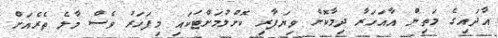
އާދައިގެ މަތިން އާއަހަރާ ދިމާކޮށް ވިޔަފާރި ކޮށްލުމަށްޓަކައި މިފަހަރު ވެސް މާލެ ތެރެއަށް